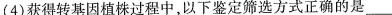
(4)获得转基因植株过程中，以下鉴定筛选方式正确的是___